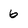
Character: 6